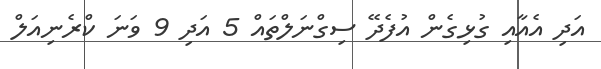
އަދި އެއާއި ގުޅިގެން އުފެދޭ ސިގްނަލްތައް 5 އަދި 9 ވަނަ ކްރެނިއަލް